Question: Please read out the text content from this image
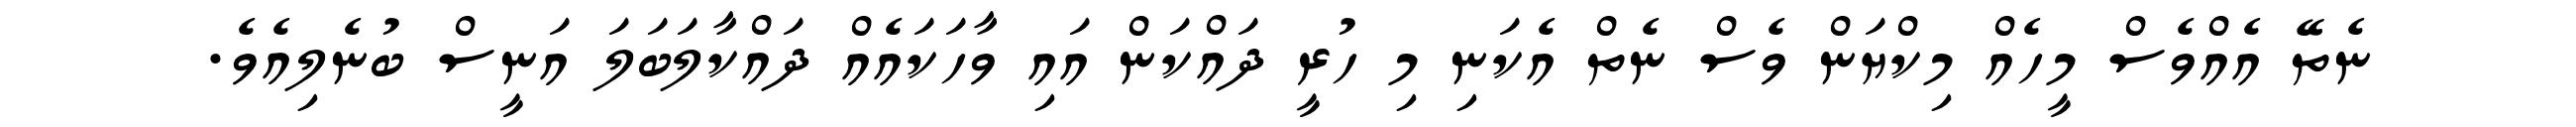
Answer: ނެތޭ އެއްވެސް މީހެއް މިކްޔަން ވެސް ނެތް އެކަނި މި ހުރީ ދައްކަން އައި ވާހަކައެއް ދައްކާލަބަލަ އަނީސް ބުނެލިއެވެ.